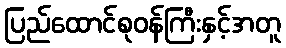
ပြည်ထောင်စုဝန်ကြီးနှင့်အတူ